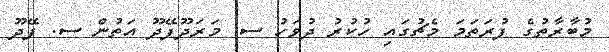
މުބާރާތުގެ ފުރަތަމަ މެޗުގައި ހުކުރު ދުވަހު ސ. މަރަދޫފޭދޫ އަތުން ސ. ފޭދޫ